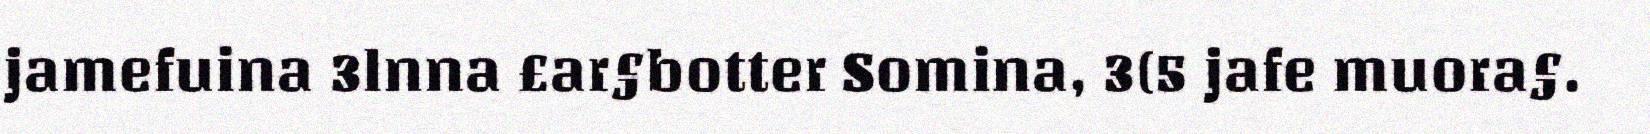
jamefuina 3lnna £ar§botter Somina, 3(5 jafe muora§.